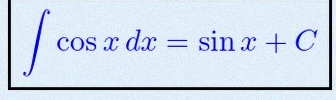
\int \cos x\,dx=\sin x+C